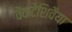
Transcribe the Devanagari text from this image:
वेंकटेशिवैया